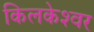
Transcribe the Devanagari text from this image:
किलकेश्‍वर